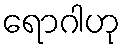
ရောဂါဟု